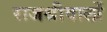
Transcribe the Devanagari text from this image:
राजश्रीवालों